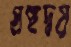
গ্রন্থদ্বয়